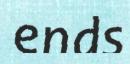
ends